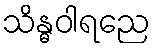
သိန္ဓဝါရညေ